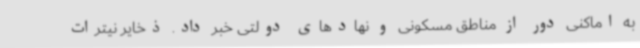
به اماکنی دور از مناطق مسکونی و نهادهای دولتی خبر داد. ذخایر نیترات